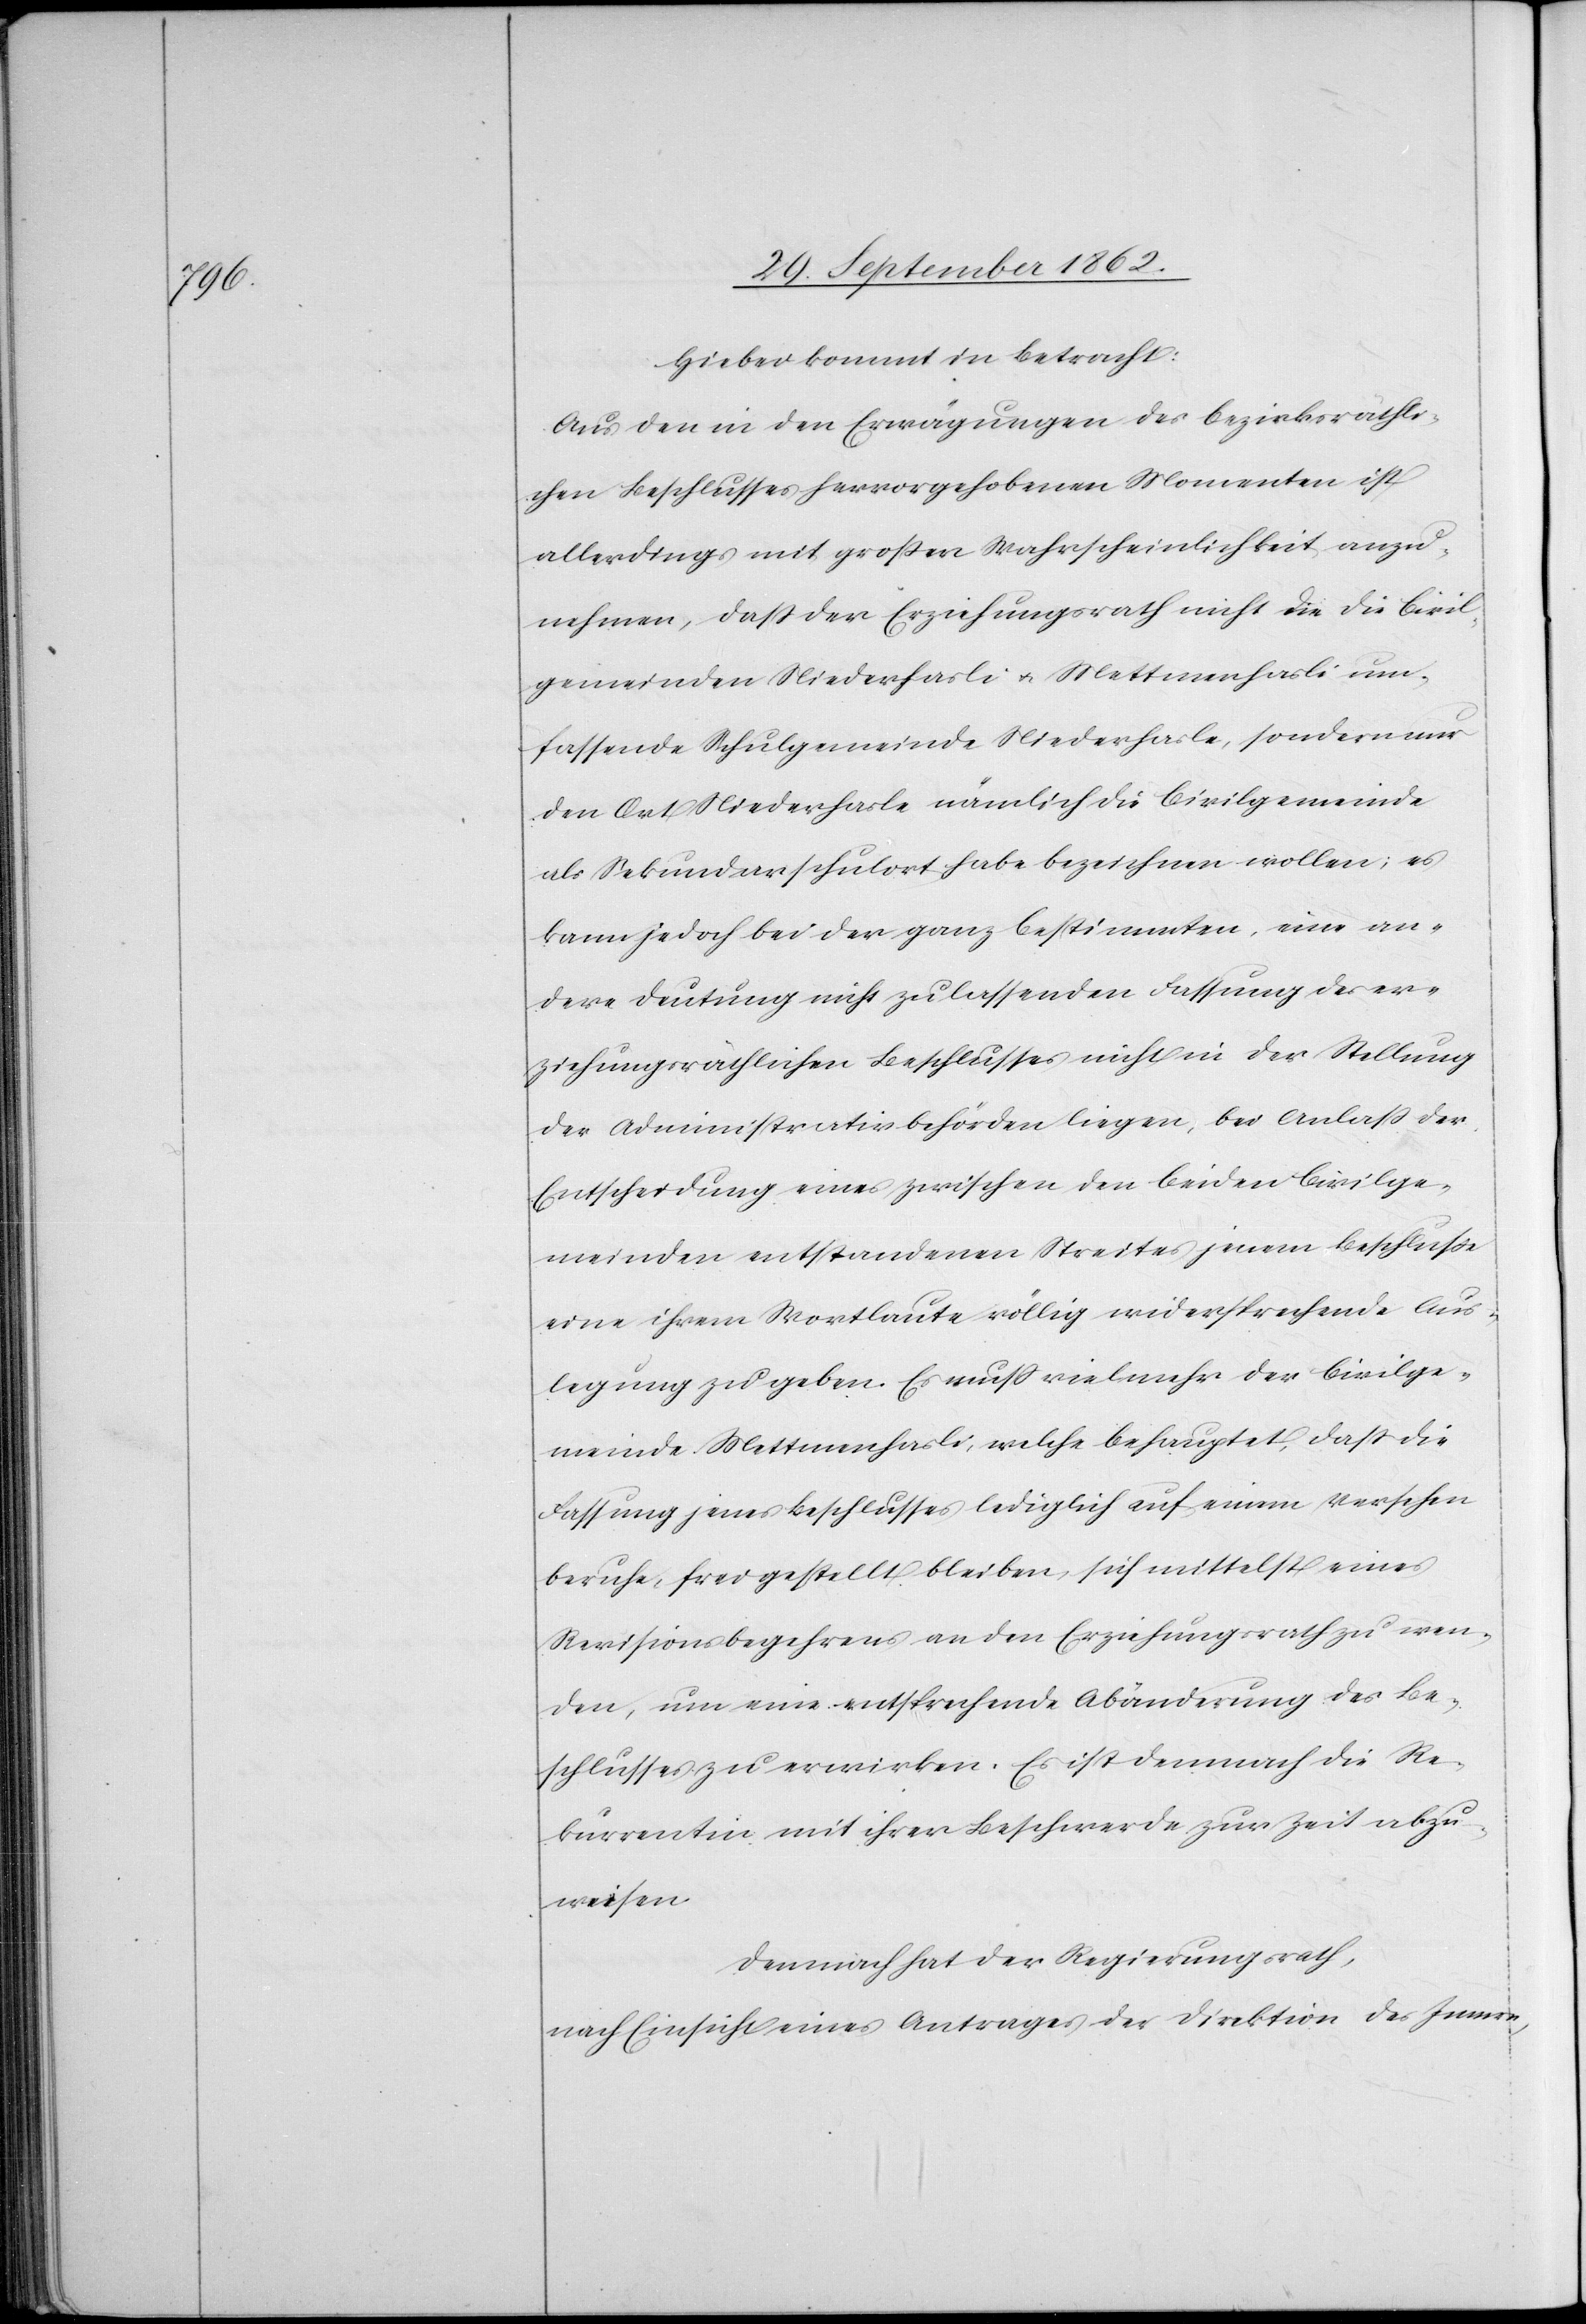
Hiebei kommt in Betracht:
Aus den in den Erwägungen des bezirksräthli¬
chen Beschlusses hervorgehobenen Momenten ist
allerdings mit großer Wahrscheinlichkeit anzu¬
nehmen, daß der Erziehungsrath nicht die die Civil¬
gemeinden Niederhasli u. Mettmenhasli um¬
fassende Schulgemeinde Niederhasle, sondern nur
den Ort Niederhasle nämlich die Civilgemeinde
als Sekundarschulort habe bezeichnen wollen; es
kann jedoch bei der ganz bestimmten, eine an¬
dere Deutung nicht zulassenden Fassung des er¬
ziehungsräthlichen Beschlusses nicht in der Stellung
der Administrativbehörden liegen, bei Anlaß der
Entscheidung eines zwischen den beiden Civilge¬
meinden entstandenen Streites jenem Beschluße
eine ihrem Wortlaute völlig widersprechende Aus¬
legung zu geben. Es muß vielmehr der Civilge¬
meinde Mettmenhasli, welche behauptet, daß die
Fassung jenes Beschlusses lediglich auf einem Versehen
beruhe, frei gestellt bleiben, sich mittelst eines
Revisionsbegehrens an den Erziehungsrath zu wen¬
den, um eine entsprechende Abänderung des Be¬
schlusses zu erwirken. Es ist demnach die Re¬
kurrentin mit ihrer Beschwerde zur Zeit abzu¬
weisen.
Demnach hat der Regierungsrath,
nach Einsicht eines Antrages der Direktion des Innern,